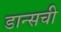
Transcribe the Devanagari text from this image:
डान्सची